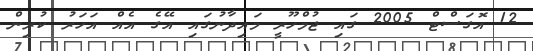
12 އޮގަސްޓް 2005 ގައި ޖުމްހޫރީ މައިދާނުގައި އޭގެ އެއް އަހަރު ކުރިން